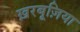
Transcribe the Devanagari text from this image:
ख़रबूज़िया